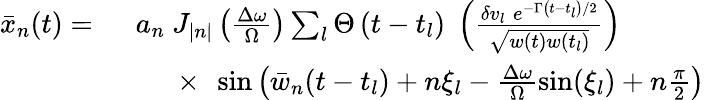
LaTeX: \begin{array}{rl}{\bar{x}_{n}(t)=\ }&{a_{n}\ J_{|n|}\left(\frac{\Delta\omega}{\Omega}\right)\sum_{l}\Theta\left(t-t_{l}\right)\; \left(\frac{\delta v_{l}\; e^{-\Gamma\left(t-t_{l}\right)/2}}{\sqrt{w(t)w(t_{l})}}\right)}\\ &{\quad\ \times\ \sin\big(\bar{w}_{n}(t-t_{l})+n\xi_{l}-\frac{\Delta\omega}{\Omega}\sin(\xi_{l})+n\frac{\pi}{2}\big)}\end{array}